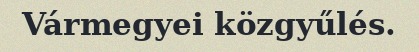
Vármegyei közgyűlés.